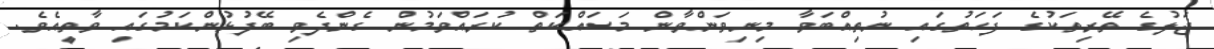
ޖަލުގެ ތޭރިތަކުގެ ފަހަތުގައި ނުތިއްބަވާ މިނިވަންވާން މަސައްކަތް ކުރައްވަމުން ގެންދެވި ބޭފުޅުންކަމުގައި ވާތީއެވެ.